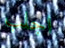
اجلب